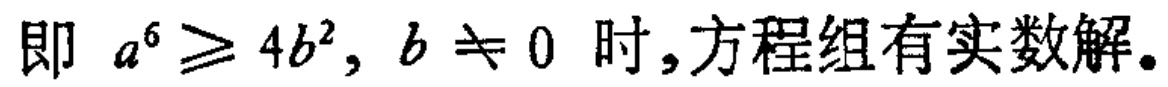
即 \(a^{6} \geq 4b^{2}, b \neq 0\) 时,方程组有实数解。